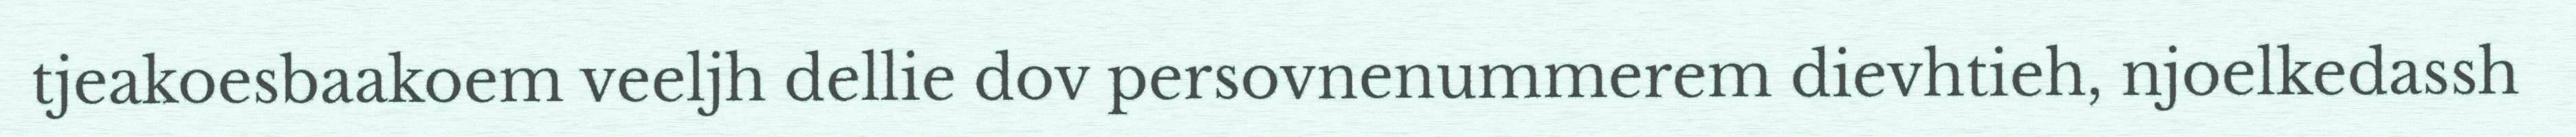
tjeakoesbaakoem veeljh dellie dov persovnenummerem dievhtieh, njoelkedassh